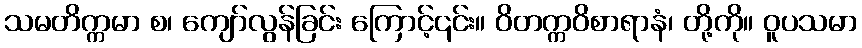
သမတိက္ကမာ စ၊ ကျော်လွန်ခြင်း ကြောင့်၎င်း။ ဝိတက္ကဝိစာရာနံ၊ တို့ကို။ ဝူပသမာ